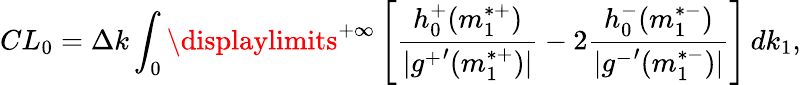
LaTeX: CL_{0}=\Delta k\int_{0}\displaylimits^{+\infty}\left[\frac{h_{0}^{+}(m_{1}^{*+})}{|{g^{+}}^{\prime}(m_{1}^{*+})|}-2\frac{h_{0}^{-}(m_{1}^{*-})}{|{g^{-}}^{\prime}(m_{1}^{*-})|}\right]\, dk_{1},